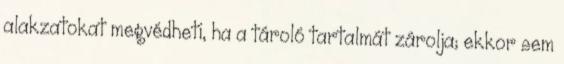
alakzatokat megvédheti, ha a tároló tartalmát zárolja; ekkor sem